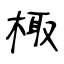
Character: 棷